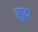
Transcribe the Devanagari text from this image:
सुग़्दा